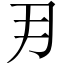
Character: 𭃂